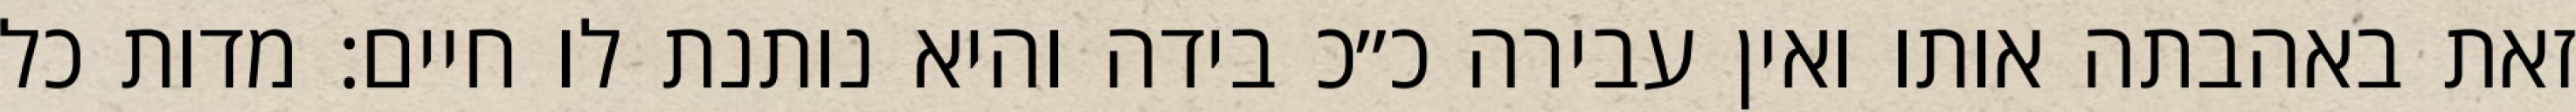
זאת באהבתה אותו ואין עבירה כ״כ בידה והיא נותנת לו חיים: מדות כל